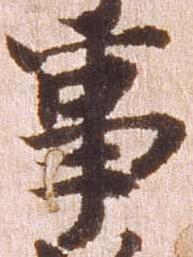
事